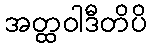
အတ္ထဝါဒီတိပိ